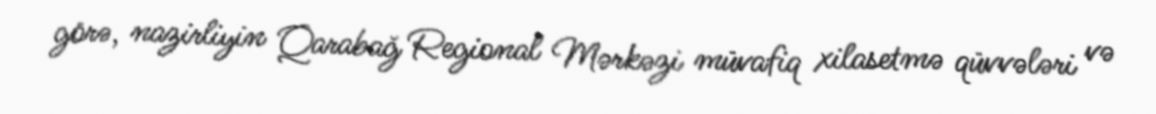
görə, nazirliyin Qarabağ Regional Mərkəzi müvafiq xilasetmə qüvvələri və